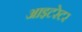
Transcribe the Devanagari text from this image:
आइटरेटर